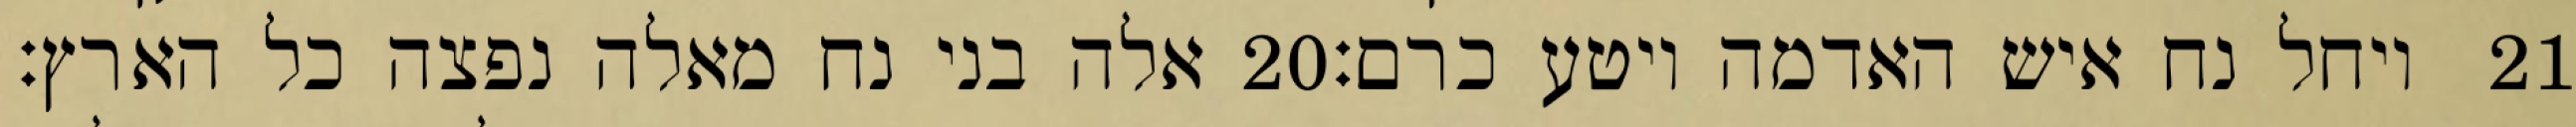
אלה בני נח מאלה נפצה כל הארץ׃ ‎20‏ ויחל נח איש האדמה ויטע כרם׃ ‎21‏